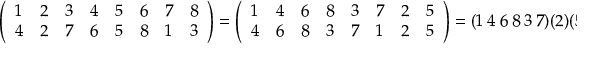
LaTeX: { \left( \begin{array} { l l l l l l l l } { 1 } & { 2 } & { 3 } & { 4 } & { 5 } & { 6 } & { 7 } & { 8 } \\ { 4 } & { 2 } & { 7 } & { 6 } & { 5 } & { 8 } & { 1 } & { 3 } \end{array} \right) } = { \left( \begin{array} { l l l l l l l l } { 1 } & { 4 } & { 6 } & { 8 } & { 3 } & { 7 } & { 2 } & { 5 } \\ { 4 } & { 6 } & { 8 } & { 3 } & { 7 } & { 1 } & { 2 } & { 5 } \end{array} \right) } = ( 1 \ 4 \ 6 \ 8 \ 3 \ 7 ) ( 2 ) ( 5 ) ,